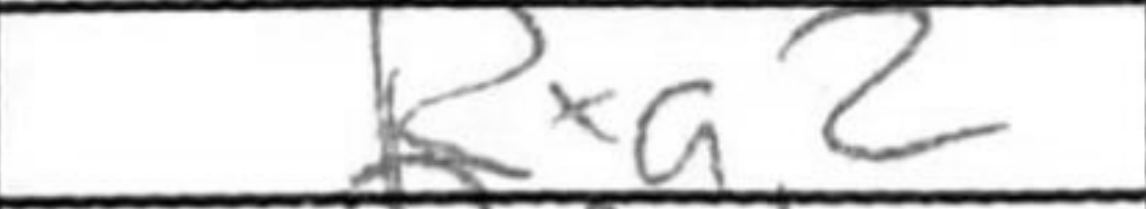
Transcription: Rxa2